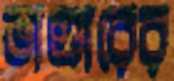
ভাণ্ডারের